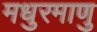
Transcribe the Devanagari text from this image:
मधुरमाणु